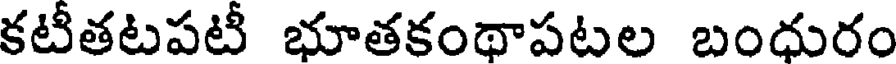
కటీతటపటీ భూతకంథాపటల బంధురం